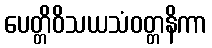
ပေတ္တိဝိသယသံဝတ္တနိကာ